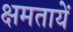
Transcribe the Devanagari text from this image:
क्षमतायें